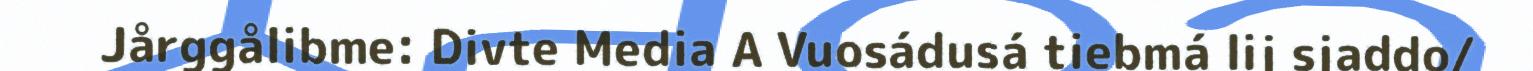
Jårggålibme: Divte Media A Vuosádusá tiebmá lij sjaddo/